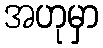
အဟုမှာ